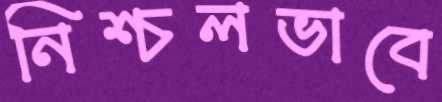
নিশ্চলভাবে